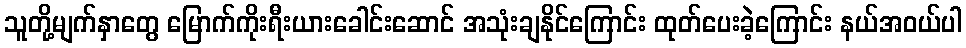
သူတို့မျက်နှာတွေ မြောက်ကိုးရီးယားခေါင်းဆောင် အသုံးချနိုင်ကြောင်း ထုတ်ပေးခဲ့ကြောင်း နယ်အဝယ်ပါ